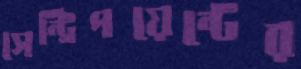
সেন্ট্রিপয়েন্টের